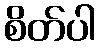
စိတ်ပါ